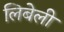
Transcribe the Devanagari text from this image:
लिबेली